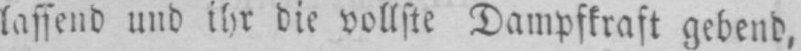
lassend und ihr die vollste Dampfkraft gebend,